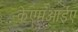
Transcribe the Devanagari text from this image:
केएमआईए